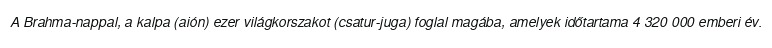
A Brahma-nappal, a kalpa (aión) ezer világkorszakot (csatur-juga) foglal magába, amelyek időtartama 4 320 000 emberi év.